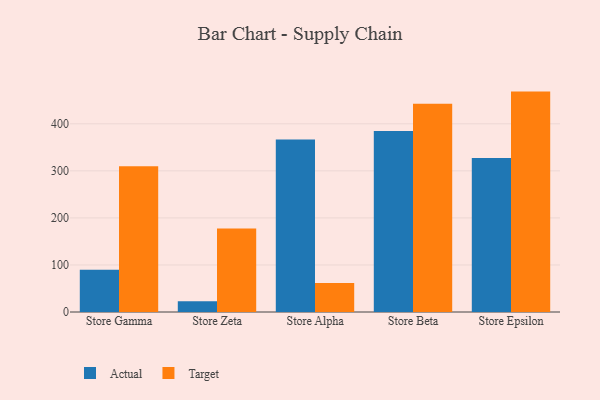
{"axis": {"x": "Store", "y": "Humidity (%)"}, "legend": ["Actual", "Target"], "data": [{"x": "Store Gamma", "y": 89.6, "type": "Actual"}, {"x": "Store Gamma", "y": 309.8, "type": "Target"}, {"x": "Store Zeta", "y": 23.1, "type": "Actual"}, {"x": "Store Zeta", "y": 177.6, "type": "Target"}, {"x": "Store Alpha", "y": 366.7, "type": "Actual"}, {"x": "Store Alpha", "y": 61.9, "type": "Target"}, {"x": "Store Beta", "y": 384.7, "type": "Actual"}, {"x": "Store Beta", "y": 442.8, "type": "Target"}, {"x": "Store Epsilon", "y": 327.1, "type": "Actual"}, {"x": "Store Epsilon", "y": 468.5, "type": "Target"}]}